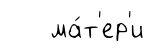
ма́т'ер'и